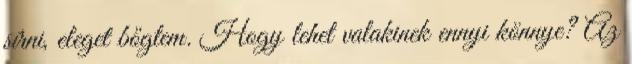
sírni, eleget bőgtem. Hogy lehet valakinek ennyi könnye? Az